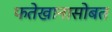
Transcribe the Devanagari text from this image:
फतेखानासोबत